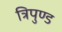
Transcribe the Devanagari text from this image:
त्रिपुण्ड